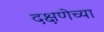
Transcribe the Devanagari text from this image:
दक्षणेच्या